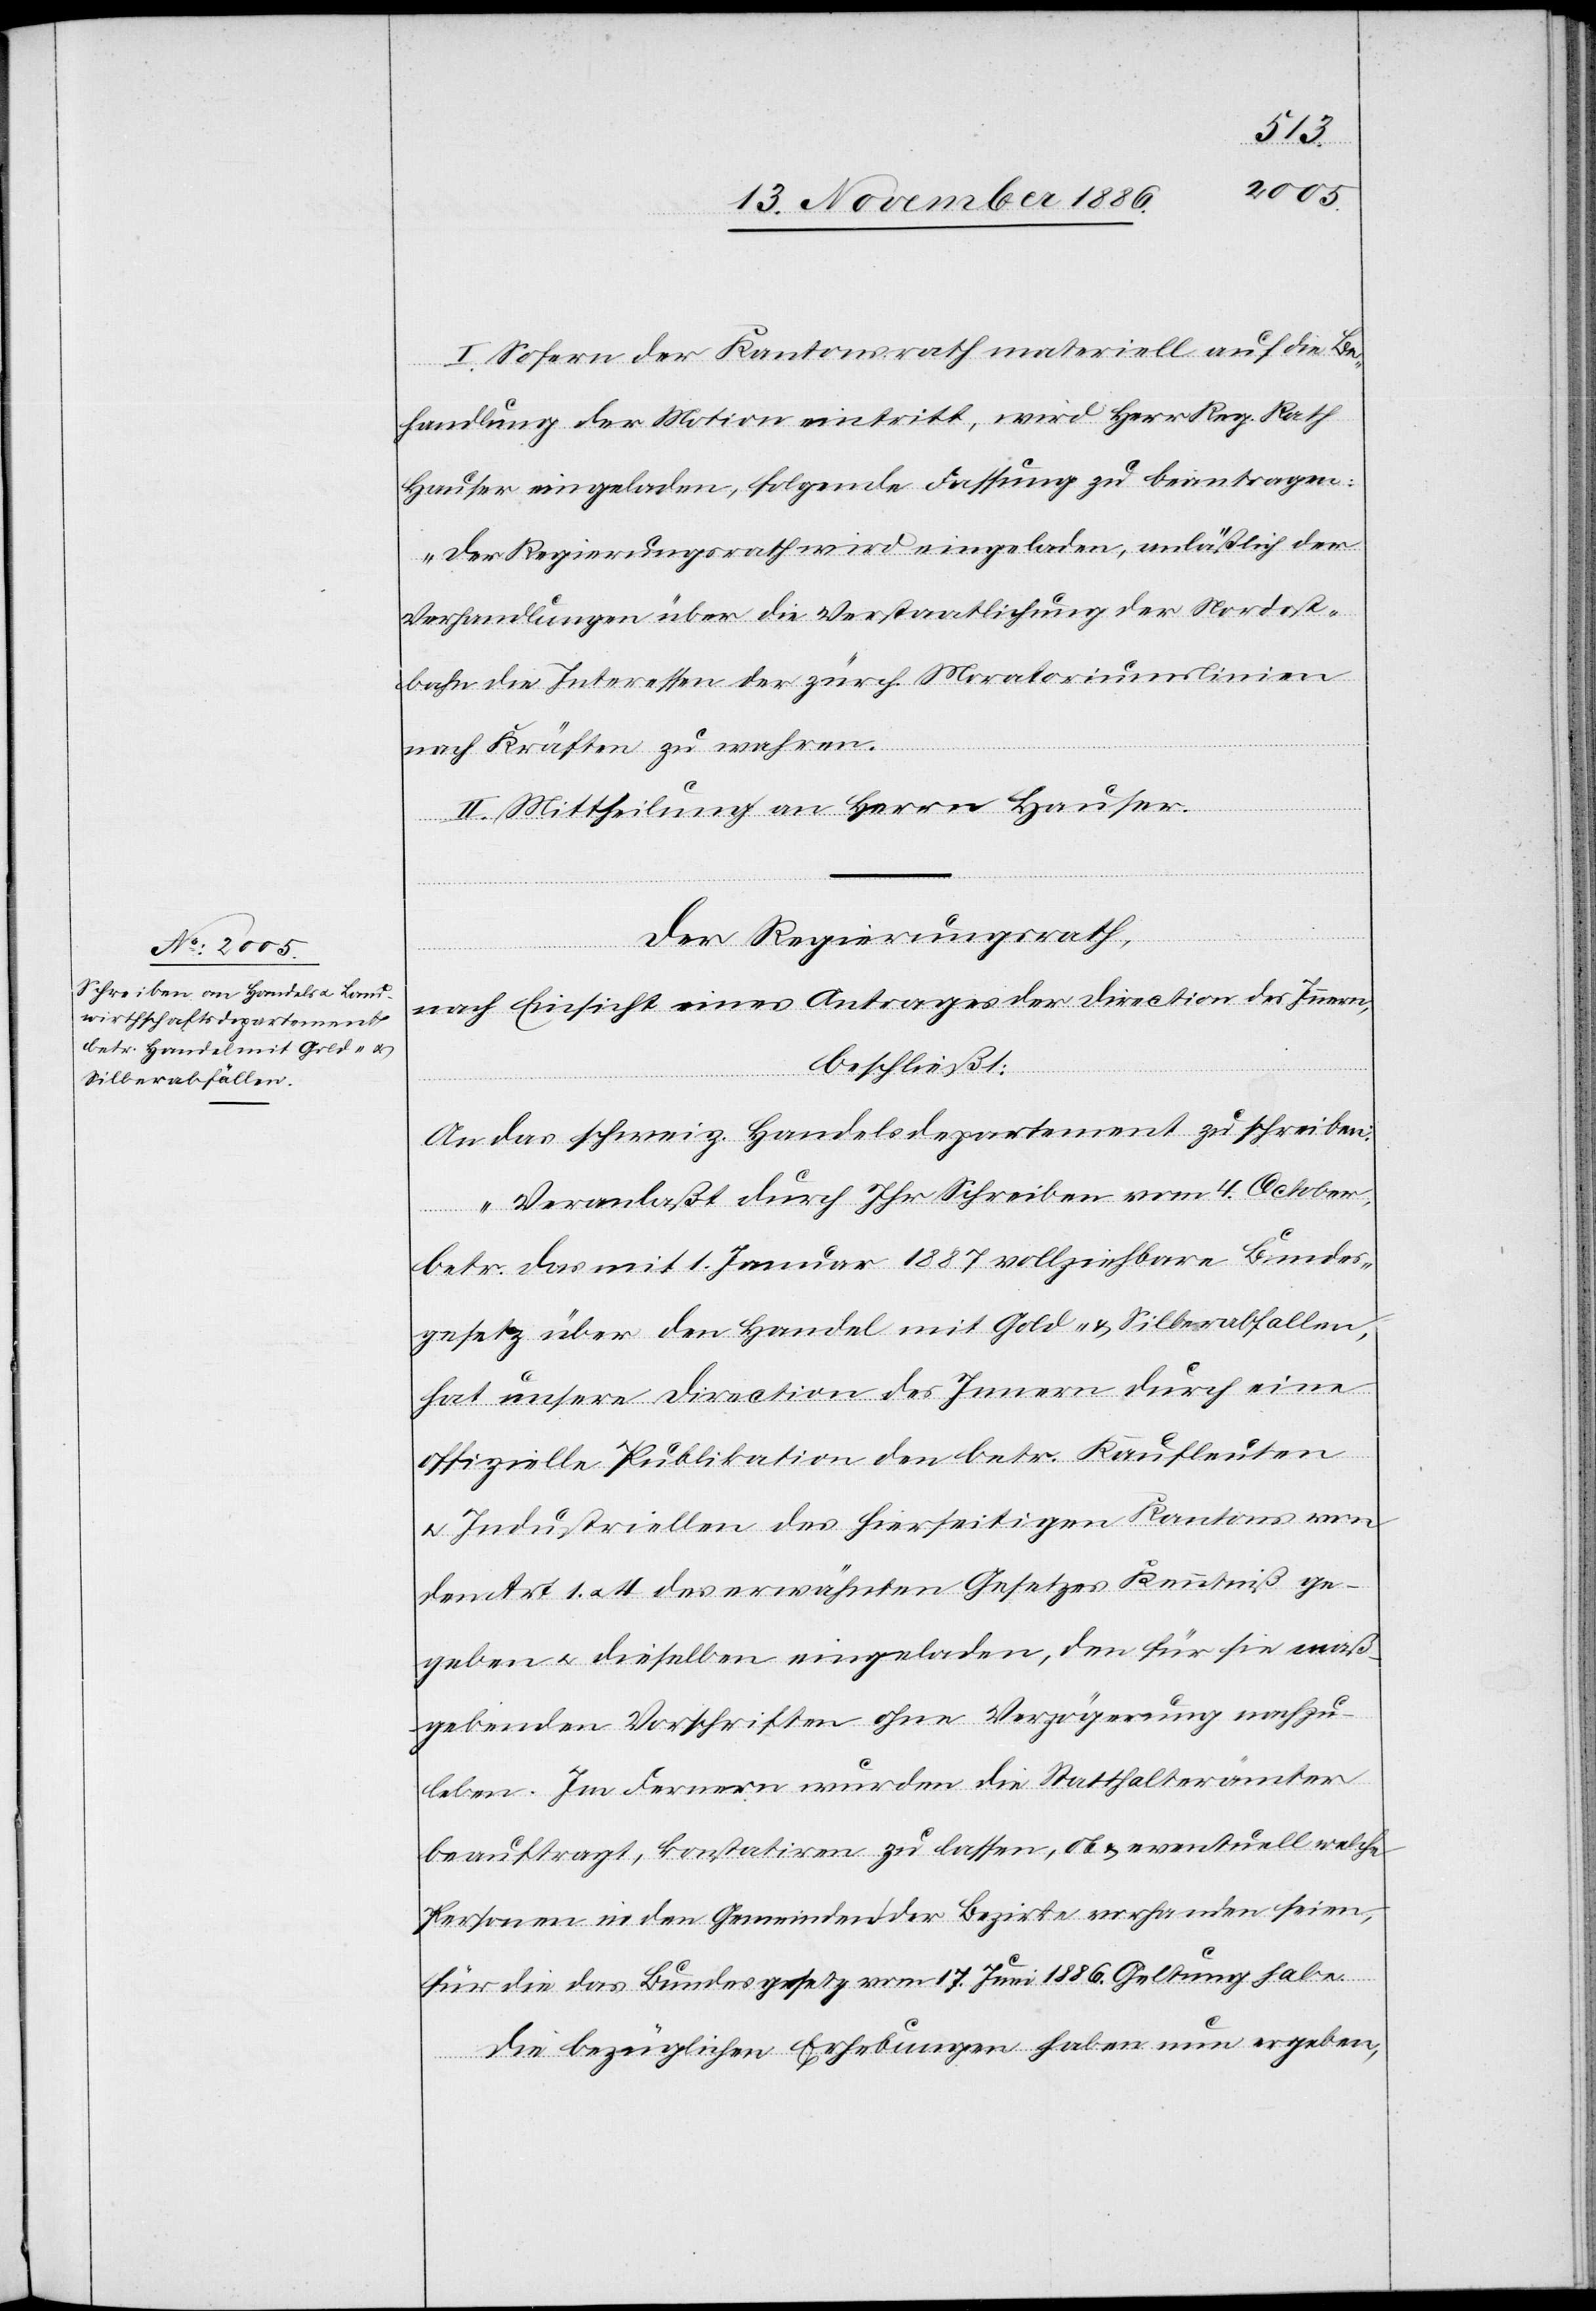
I. Sofern der Kantonsrath materiell auf die Be¬
handlung der Motion eintritt, wird Herr Reg. Rath
Hauser eingeladen, folgende Fassung zu beantragen:
„Der Regierungsrath wird eingeladen, anläßlich der
Verhandlungen über die Verstaatlichung der Nordost¬
bahn die Interessen der zürch. Moratoriumslinien
nach Kräften zu wahren.
II. Mittheilung an Herrn Hauser.
Der Regierungsrath,
nach Einsicht eines Antrages der Direction des Innern,
beschließt:
An das schweiz. Handelsdepartement zu schreiben:
„Veranlaßt durch Ihr Schreiben vom 4. October,
betr. das mit 1. Januar 1887 vollziehbare Bundes¬
gesetz über den Handel mit Gold- & Silberabfallen
hat unsere Direction des Innern durch eine
offizielle Publikation den betr. Kaufleuten
& Industriellen des hierseitigen Kantons von
dem Art. 1 & 4 des erwähnten Gesetzes Kenntniß ge¬
geben & dieselben eingeladen, den für sie maß¬
gebenden Vorschriften ohne Verzögerung nachzu¬
leben. Im Fernern wurden die Statthalterämter
beauftragt, konstatiren zu lassen, ob & eventuell welche
Personen in den Gemeinden der Bezirke vorhanden seien,
für die das Bundesgesetz vom 17. Juni 1886. Geltung habe.
Die bezüglichen Erhebungen haben nun ergeben,